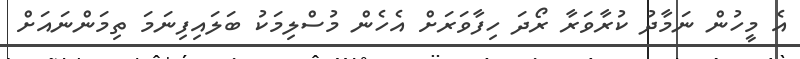
އެ މީހުން ނަމާދު ކުރާވަރާ ރޯދަ ހިފާވަރަށް އެހެން މުސްލިމަކު ބަލައިފިނަމަ ތިމަންނައަށް